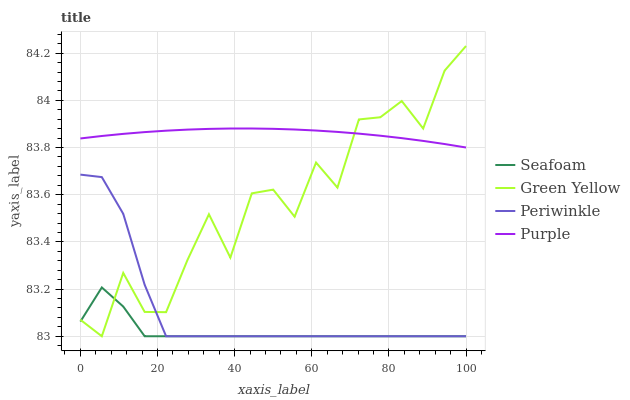
| xaxis_label | Seafoam | Green Yellow | Periwinkle | Purple |
 | --- | --- | --- | --- | --- |
 | 0 | 83.1 | 83.1 | 83.7 | 83.8 |
 | 5.56 | 83.2 | 83 | 83.7 | 83.8 |
 | 11.1 | 83.1 | 83.3 | 83.5 | 83.9 |
 | 16.7 | 83 | 83.1 | 83.2 | 83.9 |
 | 22.2 | 83 | 83.1 | 83 | 83.9 |
 | 27.8 | 83 | 83.3 | 83 | 83.9 |
 | 33.3 | 83 | 83.5 | 83 | 83.9 |
 | 38.9 | 83 | 83.3 | 83 | 83.9 |
 | 44.4 | 83 | 83.6 | 83 | 83.9 |
 | 50 | 83 | 83.6 | 83 | 83.9 |
 | 55.6 | 83 | 83.5 | 83 | 83.9 |
 | 61.1 | 83 | 83.7 | 83 | 83.9 |
 | 66.7 | 83 | 83.6 | 83 | 83.9 |
 | 72.2 | 83 | 83.9 | 83 | 83.9 |
 | 77.8 | 83 | 83.9 | 83 | 83.9 |
 | 83.3 | 83 | 84 | 83 | 83.8 |
 | 88.9 | 83 | 83.9 | 83 | 83.8 |
 | 94.4 | 83 | 84.1 | 83 | 83.8 |
 | 100 | 83 | 84.2 | 83 | 83.8 |